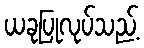
ယခုပြုလုပ်သည့်